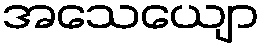
အသေယျော